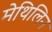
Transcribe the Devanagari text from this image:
मेथिलिन